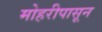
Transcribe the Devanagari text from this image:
मोहरीपासून